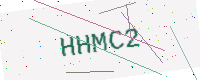
Text: HHMC2